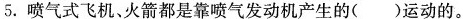
5.喷气式飞机、火箭都是靠喷气发动机产生的()运动的。